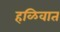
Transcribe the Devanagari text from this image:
हळिवात